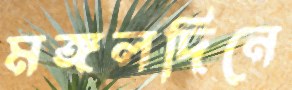
মঙ্গলদিনে